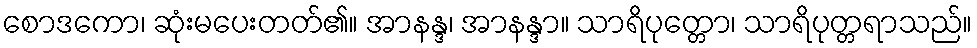
စောဒကော၊ ဆုံးမပေးတတ်၏။ အာနန္ဒ၊ အာနန္ဒာ။ သာရိပုတ္တော၊ သာရိပုတ္တရာသည်။